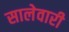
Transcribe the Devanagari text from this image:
सालेवारी